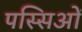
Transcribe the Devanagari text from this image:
पस्सिओं